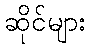
ဆိုင်များ